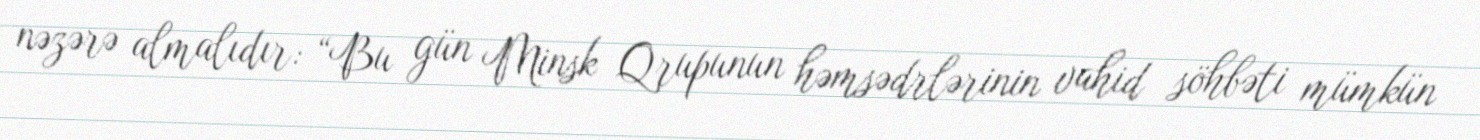
nəzərə almalıdır: “Bu gün Minsk Qrupunun həmsədrlərinin vahid söhbəti mümkün